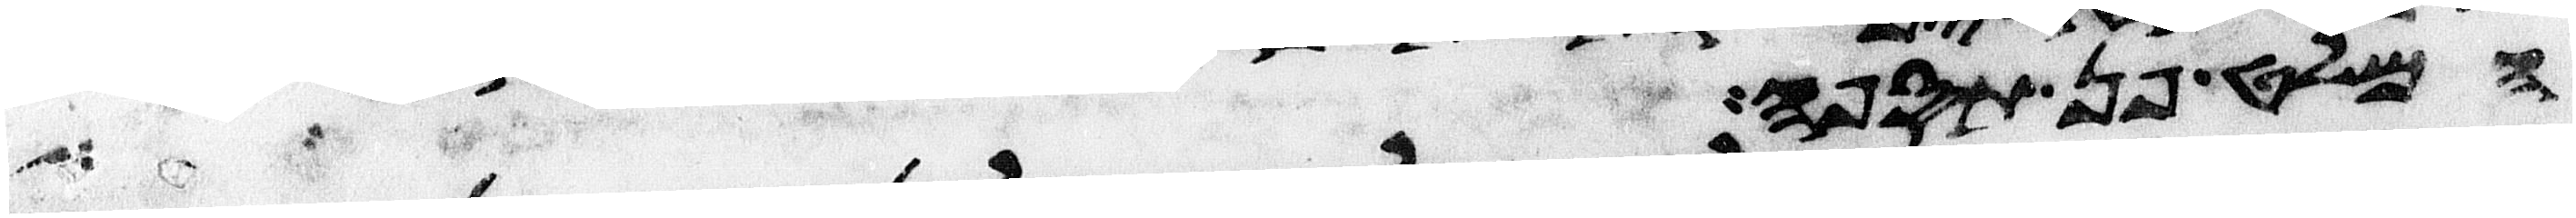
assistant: המלט פן תספה